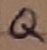
Text: Q